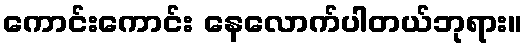
ကောင်းကောင်း နေလောက်ပါတယ်ဘုရား။